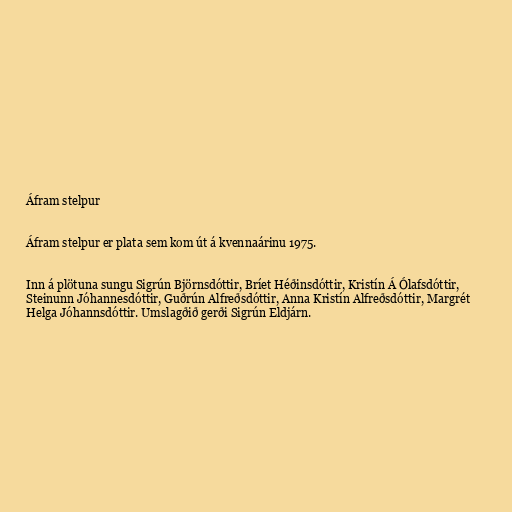
Áfram stelpur

Áfram stelpur er plata sem kom út á kvennaárinu 1975.

Inn á plötuna sungu Sigrún Björnsdóttir, Bríet Héðinsdóttir, Kristín Á Ólafsdóttir,
Steinunn Jóhannesdóttir, Guðrún Alfreðsdóttir, Anna Kristín Alfreðsdóttir, Margrét
Helga Jóhannsdóttir. Umslagðið gerði Sigrún Eldjárn.